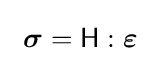
\,\,{\boldsymbol {\sigma }}={\mathsf {H}}:{\boldsymbol {\varepsilon }}